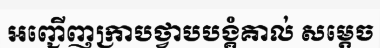
អញ្ជើញក្រាបថ្វាបបង្គំគាល់ សម្តេច